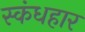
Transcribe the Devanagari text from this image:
स्कंधहार